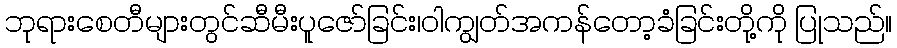
ဘုရားစေတီများတွင်ဆီမီးပူဇော်ခြင်း၊ဝါကျွတ်အကန်တော့ခံခြင်းတို့ကို ပြုသည်။